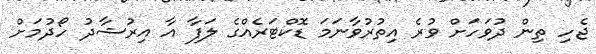
ޖެހި ތިން ދުވަހަށް ވުރެ އިތުރުވާނަމަ ޑޮކްޓަރެއްގެ ލަފާ އާ އިރުޝާދު ހޯދުމަށް